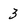
Character: 3